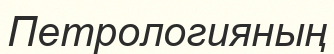
Петрологияның